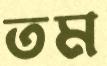
তম